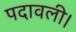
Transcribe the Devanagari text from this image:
पदावली।